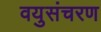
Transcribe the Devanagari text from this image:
वयुसंचरण